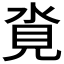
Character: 𪶂